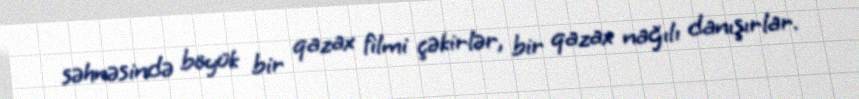
səhnəsində böyük bir qazax filmi çəkirlər, bir qazax nağılı danışırlar.